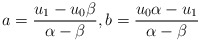
\begin{align*} a=\frac{u_1-u_0\beta}{\alpha-\beta},b=\frac{u_0\alpha-u_1}{\alpha-\beta}\end{align*}